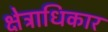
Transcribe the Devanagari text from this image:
क्ष्‍ोत्राधिकार